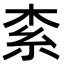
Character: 𣑇